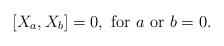
LaTeX: \begin{align*}[ X_{a},X_{b}]=0,{\textnormal{ for }} a {\textnormal{ or }} b = 0.\end{align*}